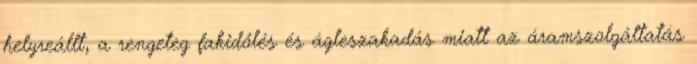
helyreállt, a rengeteg fakidőlés és ágleszakadás miatt az áramszolgáltatás